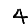
Digit: 4